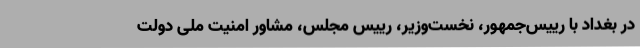
در بغداد با رییس‌جمهور، نخست‌وزیر، رییس مجلس، مشاور امنیت ملی دولت